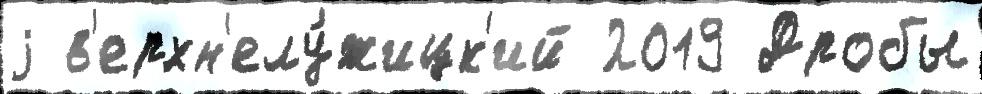
j в'ерхн'елу́жицк'ий 2019 Дробы